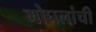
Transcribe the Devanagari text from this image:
मोघलांची